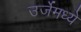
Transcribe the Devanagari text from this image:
उर्जेमध्ये